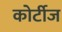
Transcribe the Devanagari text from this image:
कोर्टीज